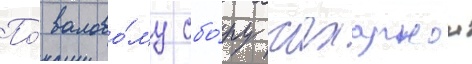
По́ валово́му сбо́ру сахарнои